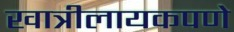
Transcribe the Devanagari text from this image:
खात्रीलायकपणे